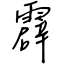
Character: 霹